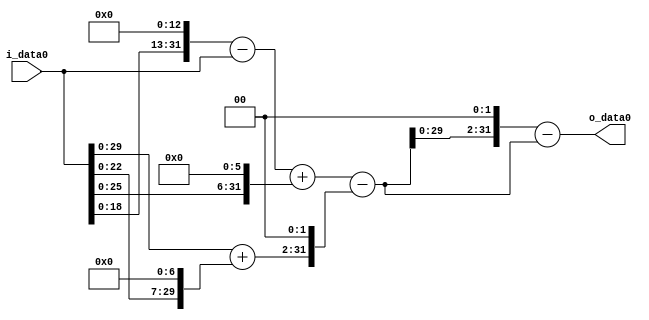
module multiplier_block (
    i_data0,
    o_data0
);

  // Port mode declarations:
  input   [31:0] i_data0;
  output  [31:0]
    o_data0;

  //Multipliers:

  wire [31:0]
    w1,
    w8192,
    w8191,
    w64,
    w8255,
    w128,
    w129,
    w516,
    w7739,
    w30956,
    w23217;

  assign w1 = i_data0;
  assign w128 = w1 << 7;
  assign w129 = w1 + w128;
  assign w23217 = w30956 - w7739;
  assign w30956 = w7739 << 2;
  assign w516 = w129 << 2;
  assign w64 = w1 << 6;
  assign w7739 = w8255 - w516;
  assign w8191 = w8192 - w1;
  assign w8192 = w1 << 13;
  assign w8255 = w8191 + w64;

  assign o_data0 = w23217;

  //multiplier_block area estimate = 8681.903915;
endmodule